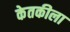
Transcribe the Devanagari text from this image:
केतकीला